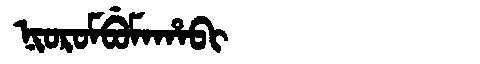
Manchu: ᠨᡳᠣᡵᠣᠮᠪᡠᠮᠠᡥᠠᠪᡳ
Romanization: NIOROMBUMAHABI